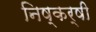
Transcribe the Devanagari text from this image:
निष्कर्षी